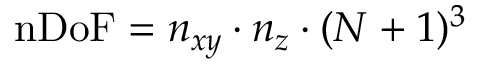
\mathrm { n D o F } = n _ { x y } \cdot n _ { z } \cdot ( N + 1 ) ^ { 3 }